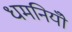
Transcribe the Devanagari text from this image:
धमनियोँ